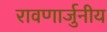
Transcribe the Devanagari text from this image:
रावणार्जुनीय